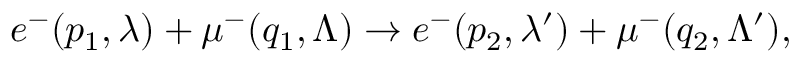
e ^ { - } ( p _ { 1 } , \lambda ) + \mu ^ { - } ( q _ { 1 } , \Lambda ) \to e ^ { - } ( p _ { 2 } , \lambda ^ { \prime } ) + \mu ^ { - } ( q _ { 2 } , \Lambda ^ { \prime } ) ,